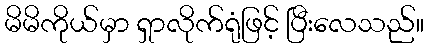
မိမိကိုယ်မှာ ရှာလိုက်ရုံဖြင့် ပြီးလေသည်။